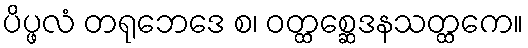
ပိပ္ဖလံ တရုဘေဒေ စ၊ ဝတ္ထစ္ဆေဒနသတ္ထကေ။